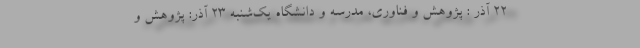
۲۲ آذر : پژوهش و فناوری، مدرسه و دانشگاه یک‌شنبه ۲۳ آذر: پژوهش و